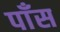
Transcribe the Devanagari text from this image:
पाँस